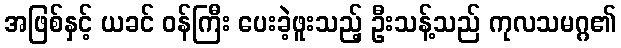
အဖြစ်နှင့် ယခင် ဝန်ကြီး ပေးခဲ့ဖူးသည့် ဦးသန့်သည် ကုလသမဂ္ဂ၏